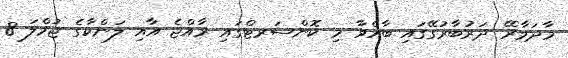
މާދަމާރޭ ދަރުބާރުގޭގައި ބާއްވާ މި ކޮންސަރޓްގައި ރާއްޖެ އާއި ލަންކާގެ ޖުމްލަ 8